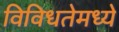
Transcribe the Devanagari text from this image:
विविधतेमध्ये